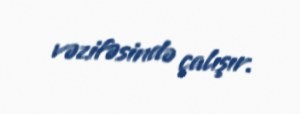
vəzifəsində çalışır.